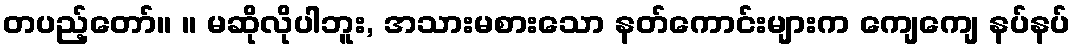
တပည့်တော်။ ။ မဆိုလိုပါဘူး, အသားမစားသော နတ်ကောင်းများက ကျေကျေ နပ်နပ်